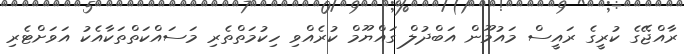
ރާއްޖޭގެ ކުރީގެ ރައީސް މައުމޫން އަބްދުލް ގައްޔޫމް ކުރެއްވި ހިކުމަތްތެރި މަސައްކަތްތަކާއެކު އަވަށްޓެރި